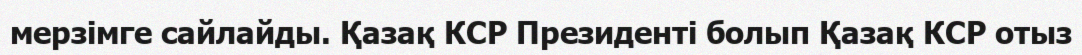
мерзімге сайлайды. Қазақ КСР Президенті болып Қазақ КСР отыз